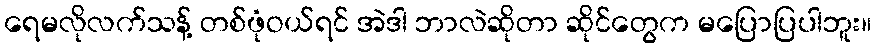
ရေမလိုလက်သန့် တစ်ဖုံဝယ်ရင် အဲဒါ ဘာလဲဆိုတာ ဆိုင်တွေက မပြောပြပါဘူး။